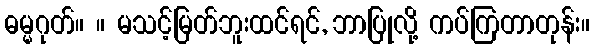
ဓမ္မဂုတ်။ ။ မသင့်မြတ်ဘူးထင်ရင်, ဘာပြုလို့ ကပ်ကြတာတုန်း။